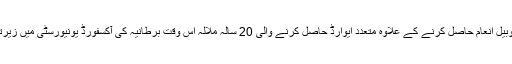
امن کا نوبیل انعام حاصل کرنے کے علاوہ متعدد ایوارڈ حاصل کرنے والی 20 سالہ ملالہ اس وقت برطانیہ کی آکسفورڈ یونیورسٹی میں زیرتعلیم ہیں۔